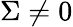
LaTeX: \Sigma\neq 0